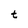
Character: t